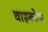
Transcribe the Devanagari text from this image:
वाहकोण